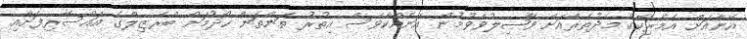
އޭނާއަށް އެމެރިކާގެ މެދުތެރެއަށް ވާޞިލުވެވުމުން އަނެއްކާވެސް އިތުރު ތަންތަން ހޯދުމަށް ބްރެޒިލްގެ އައްސޭރިފަށާއި